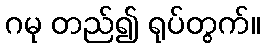
ဂမု တည်၍ ရုပ်တွက်။